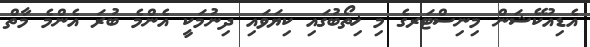
އެޑިއުކޭޝަން މިނިސްޓަރގެ މި ޚިތޯބުގައި ކިޔަވައި ދިނުމަކީ އެންމެ ބުރަ އެންމެ މާތް